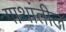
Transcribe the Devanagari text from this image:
गाथांतील